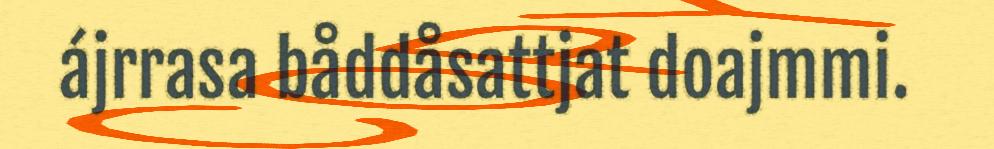
ájrrasa båddåsattjat doajmmi.